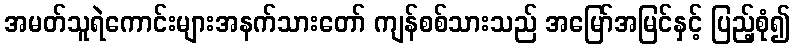
အမတ်သူရဲကောင်းများအနက်သားတော် ကျန်စစ်သားသည် အမြော်အမြင်နှင့် ပြည့်စုံ၍